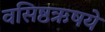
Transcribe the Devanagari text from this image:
वसिष्ठऋषये